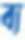
ব্য